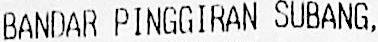
BANDAR PINGGIRAN SUBANG,